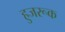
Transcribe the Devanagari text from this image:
हुजरूक